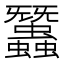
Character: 𧕽